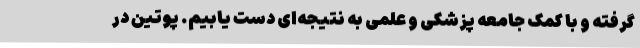
گرفته و با کمک جامعه پزشکی و علمی به نتیجه‌ای دست‌ یابیم. پوتین در